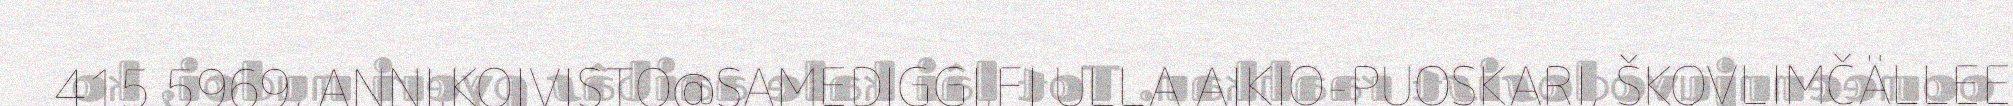
415 5969, ANNI.KOIVISTO@SAMEDIGGI.FI ULLA AIKIO-PUOSKARI, ŠKOVLIMČÄLLEE